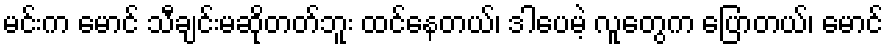
မင်းက မောင် သီချင်းမဆိုတတ်ဘူး ထင်နေတယ်၊ ဒါပေမဲ့ လူတွေက ပြောတယ်၊ မောင်